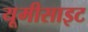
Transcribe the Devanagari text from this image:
यूमीसाइट